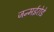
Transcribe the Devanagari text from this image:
जन्मईरोडे